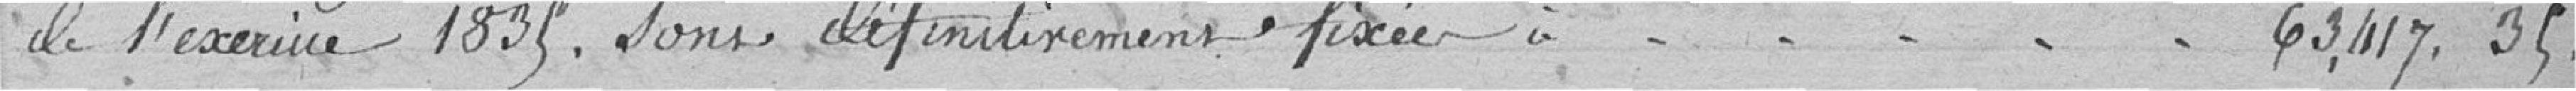
de l'exercice 1835. sont définitivement fixées à . . . . . 63,417.35